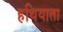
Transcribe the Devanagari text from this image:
हथियाता